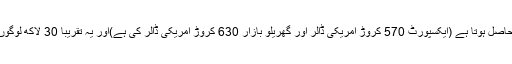
اس سے 1200 کروڑ امریکی ڈالر سے زیادہ کا سالانہ ریونیوحاصل ہوتا ہے (ایکسپورٹ 570 کروڑ امریکی ڈالر اور گھریلو بازار 630 کروڑ امریکی ڈالر کی ہے)اور یہ تقریباً 30 لاکھ لوگوں کو روزگار عطا کرتا ہے، جن میں سے 30 فیصد خواتین ہیں۔